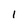
Character: 1